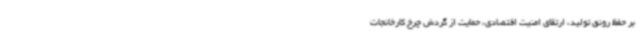
بر حفظ رونق تولید، ارتقای امنیت اقتصادی، حمایت از گردش چرخ کارخانجات